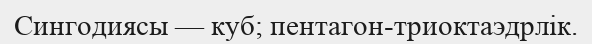
Сингодиясы — куб; пентагон-триоктаэдрлік.